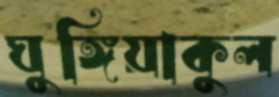
ঘুঙ্গিয়াকুল